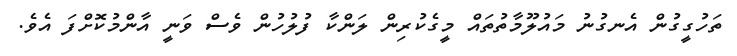
ތަހުގީގުން އެނގުނު މައުލޫމާތުތައް މީގެކުރިން ލަންކާ ފުލުހުން ވެސް ވަނީ އާންމުކޮށްފަ އެވެ.